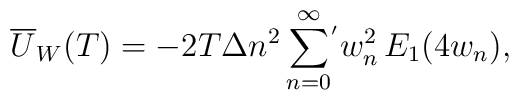
\overline {U}_W(T)=-2 T\Delta n^2\sum_{n=0}^\infty\!{}^{'} w^2_n \,E_1(4w_n){,}